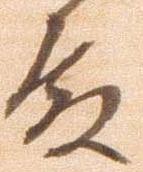
殿